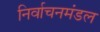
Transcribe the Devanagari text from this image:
निर्वाचनमंडल